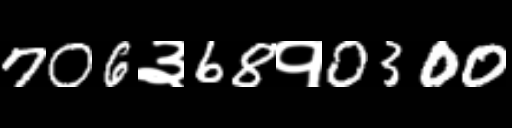
Text: 706३68१0300